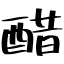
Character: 醋